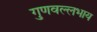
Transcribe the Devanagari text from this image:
गुणवल्लभाय